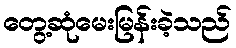
တွေ့ဆုံမေးမြန်းခဲ့သည်